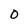
Character: O